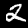
Label: 2